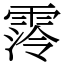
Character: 霗